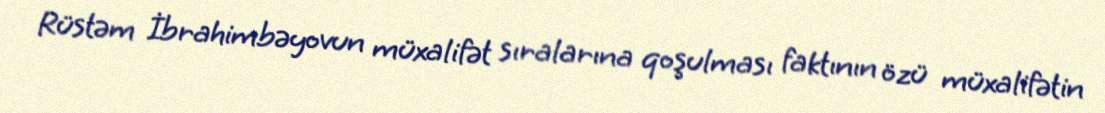
Rüstəm İbrahimbəyovun müxalifət sıralarına qoşulması faktının özü müxalifətin